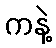
ကနဲ့